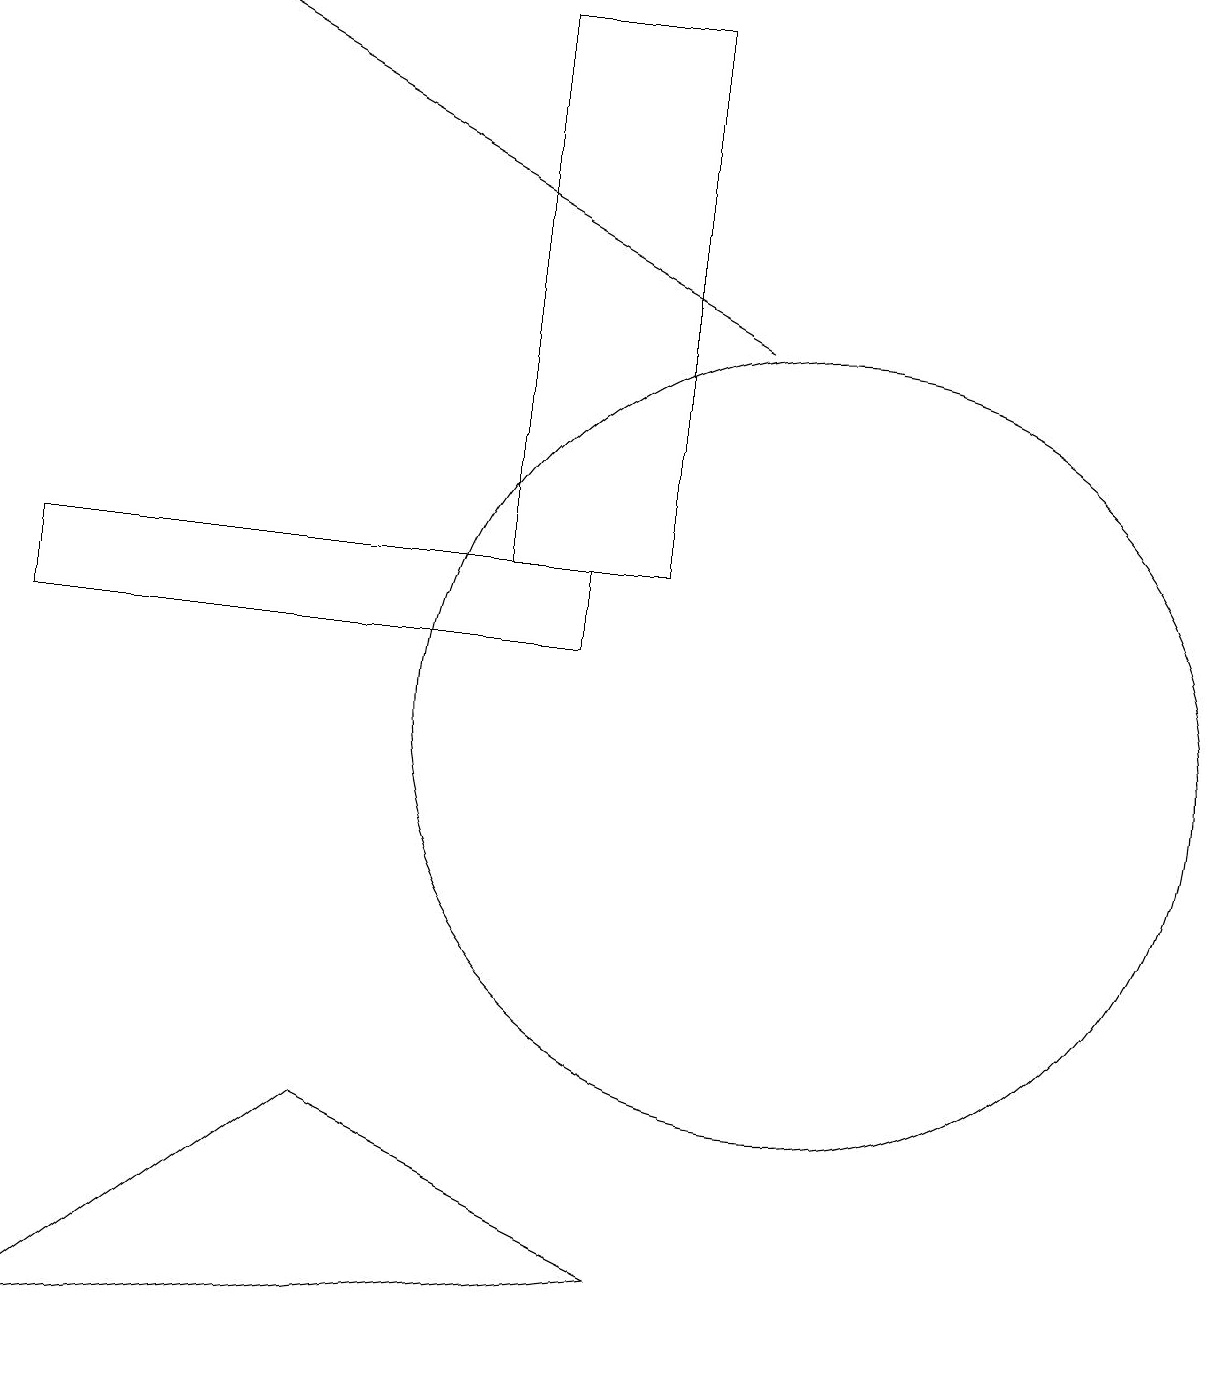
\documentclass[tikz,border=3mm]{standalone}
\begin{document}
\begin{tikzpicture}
\draw[->] (9,15) -- (2,19);
\draw (7,11) rectangle (0,12);
\draw (10,10) circle (5);
\draw (8,12) rectangle (6,19);
\draw (4,5) -- (0,2) -- (8,3) -- cycle;
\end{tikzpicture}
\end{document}